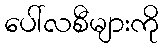
ပေါ်လစီများကို